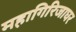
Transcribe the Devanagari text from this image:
महागिरिजाघर